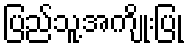
ပြည်သူ့အကျိုးပြု